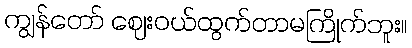
ကျွန်တော် ဈေးဝယ်ထွက်တာမကြိုက်ဘူး။